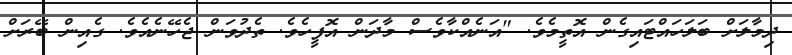
ދިމާލަށް ބަލަހައްޓައިގެން އޮތީމެވެ. "އަނެއްކާވެސް މާދަން އޮފީހެވެ. ތެދުވަން ޖެހޭނެއެވެ. ގެއިން ބޭރަށް